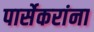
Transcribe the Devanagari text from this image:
पार्सेकरांना